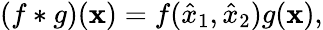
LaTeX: (f*g)(\mathbf{x})=f(\hat{x}_{1},\hat{x}_{2})g(\mathbf{x}),